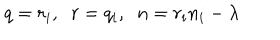
q = r _ { i } , \; \; r = q _ { i } , \; \; n = r _ { i } n _ { i } - \lambda